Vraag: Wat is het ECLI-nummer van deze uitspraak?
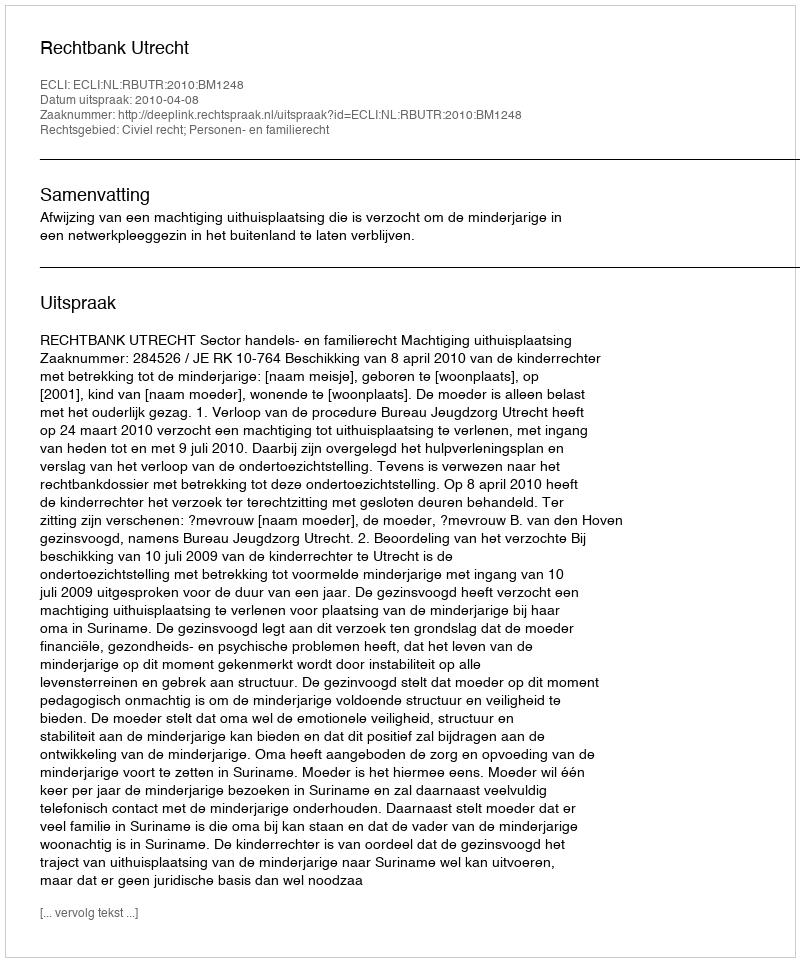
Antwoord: ECLI:NL:RBUTR:2010:BM1248